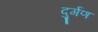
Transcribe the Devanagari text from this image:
दुर्गण